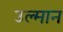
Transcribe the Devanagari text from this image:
उल्मान